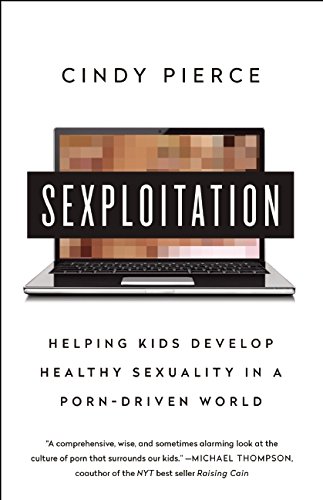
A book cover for Sexploitation: Helping Kids Develop Healthy Sexuality in a Porn-Driven World; Cindy Pierce; Parenting & Relationships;